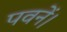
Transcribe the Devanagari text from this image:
पवनें।